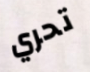
تحري